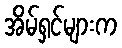
အိမ်ရှင်များက